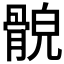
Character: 𩩕